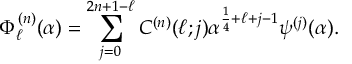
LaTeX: \Phi _ { \ell } ^ { ( n ) } ( \alpha ) = \sum _ { j = 0 } ^ { 2 n + 1 - \ell } C ^ { ( n ) } ( \ell ; j ) \alpha ^ { \frac { 1 } { 4 } + \ell + j - 1 } \psi ^ { ( j ) } ( \alpha ) .